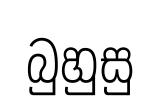
බුහුසු